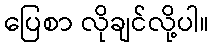
ပြေစာ လိုချင်လို့ပါ။